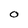
Character: O